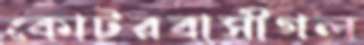
কোটরবাসীগল